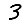
Digit: 3